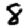
Digit: 8